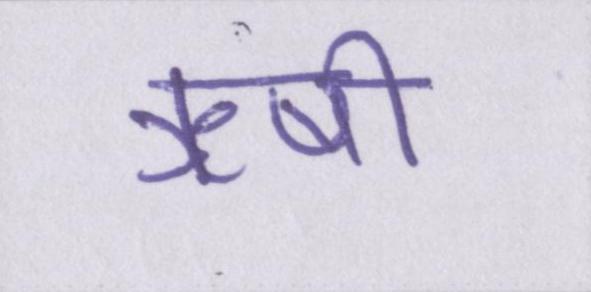
ऋषी